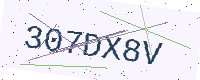
Text: 307DX8V